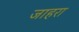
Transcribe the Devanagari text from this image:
जाहरा